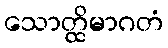
သောတ္ထိမာဂတံ